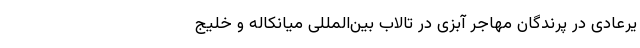
یرعادی در پرندگان مهاجر آبزی در تالاب بین‌المللی میانکاله و خلیج